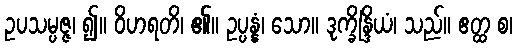
ဥပသမ္ပဇ္ဇ၊ ၍။ ဝိဟရတိ၊ ၏။ ဥပ္ပန္နံ၊ သော။ ဒုက္ခိန္ဒြိယံ၊ သည်။ ဧတ္ထ စ၊